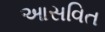
આસવિત